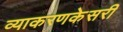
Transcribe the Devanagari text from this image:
व्याकरणकेसरी